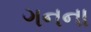
ગનના